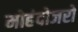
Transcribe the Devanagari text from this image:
मोहंदोजरो